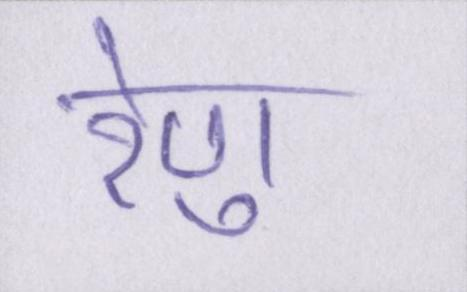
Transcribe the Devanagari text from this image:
रेणु